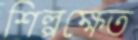
শিল্পক্ষেত